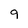
Character: 9